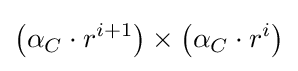
\left(\alpha _{C}\cdot r^{i+1}\right)\times \left(\alpha _{C}\cdot r^{i}\right)